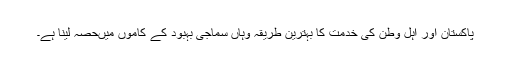
پاکستان اور اہل وطن کی خدمت کا بہترین طریقہ وہاں سماجی بہبود کے کاموں میںحصہ لینا ہے۔